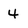
Character: 4